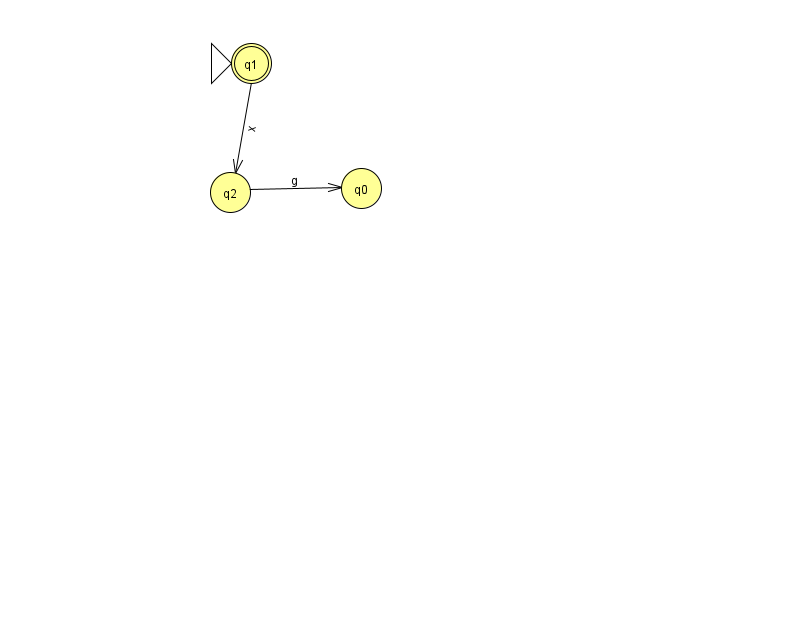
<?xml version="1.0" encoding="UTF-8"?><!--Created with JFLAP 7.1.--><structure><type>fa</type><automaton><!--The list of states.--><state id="0" name="q0"><x>361.0</x><y>175.0</y></state><state id="1" name="q1"><x>251.0</x><y>50.0</y><initial/><final/></state><state id="2" name="q2"><x>230.0</x><y>179.0</y></state><!--The list of transitions.--><transition><from>1</from><to>2</to><read>x</read></transition><transition><from>2</from><to>0</to><read>g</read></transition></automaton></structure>